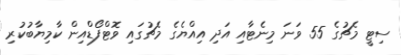
ސިޓީ މެޗުގެ 55 ވަނަ މިނެޓާއި އަދި އިއްޔެގެ މެޗުގައި ވޮޓްފޯޑްއިން ކާމިޔާބުކުރި